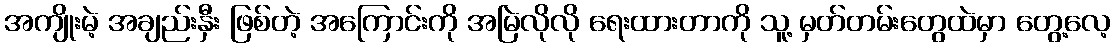
အကျိုးမဲ့ အချည်းနှီး ဖြစ်တဲ့ အကြောင်းကို အမြဲလိုလို ရေးထားတာကို သူ့ မှတ်တမ်းတွေထဲမှာ တွေ့လေ့